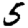
Digit: 5